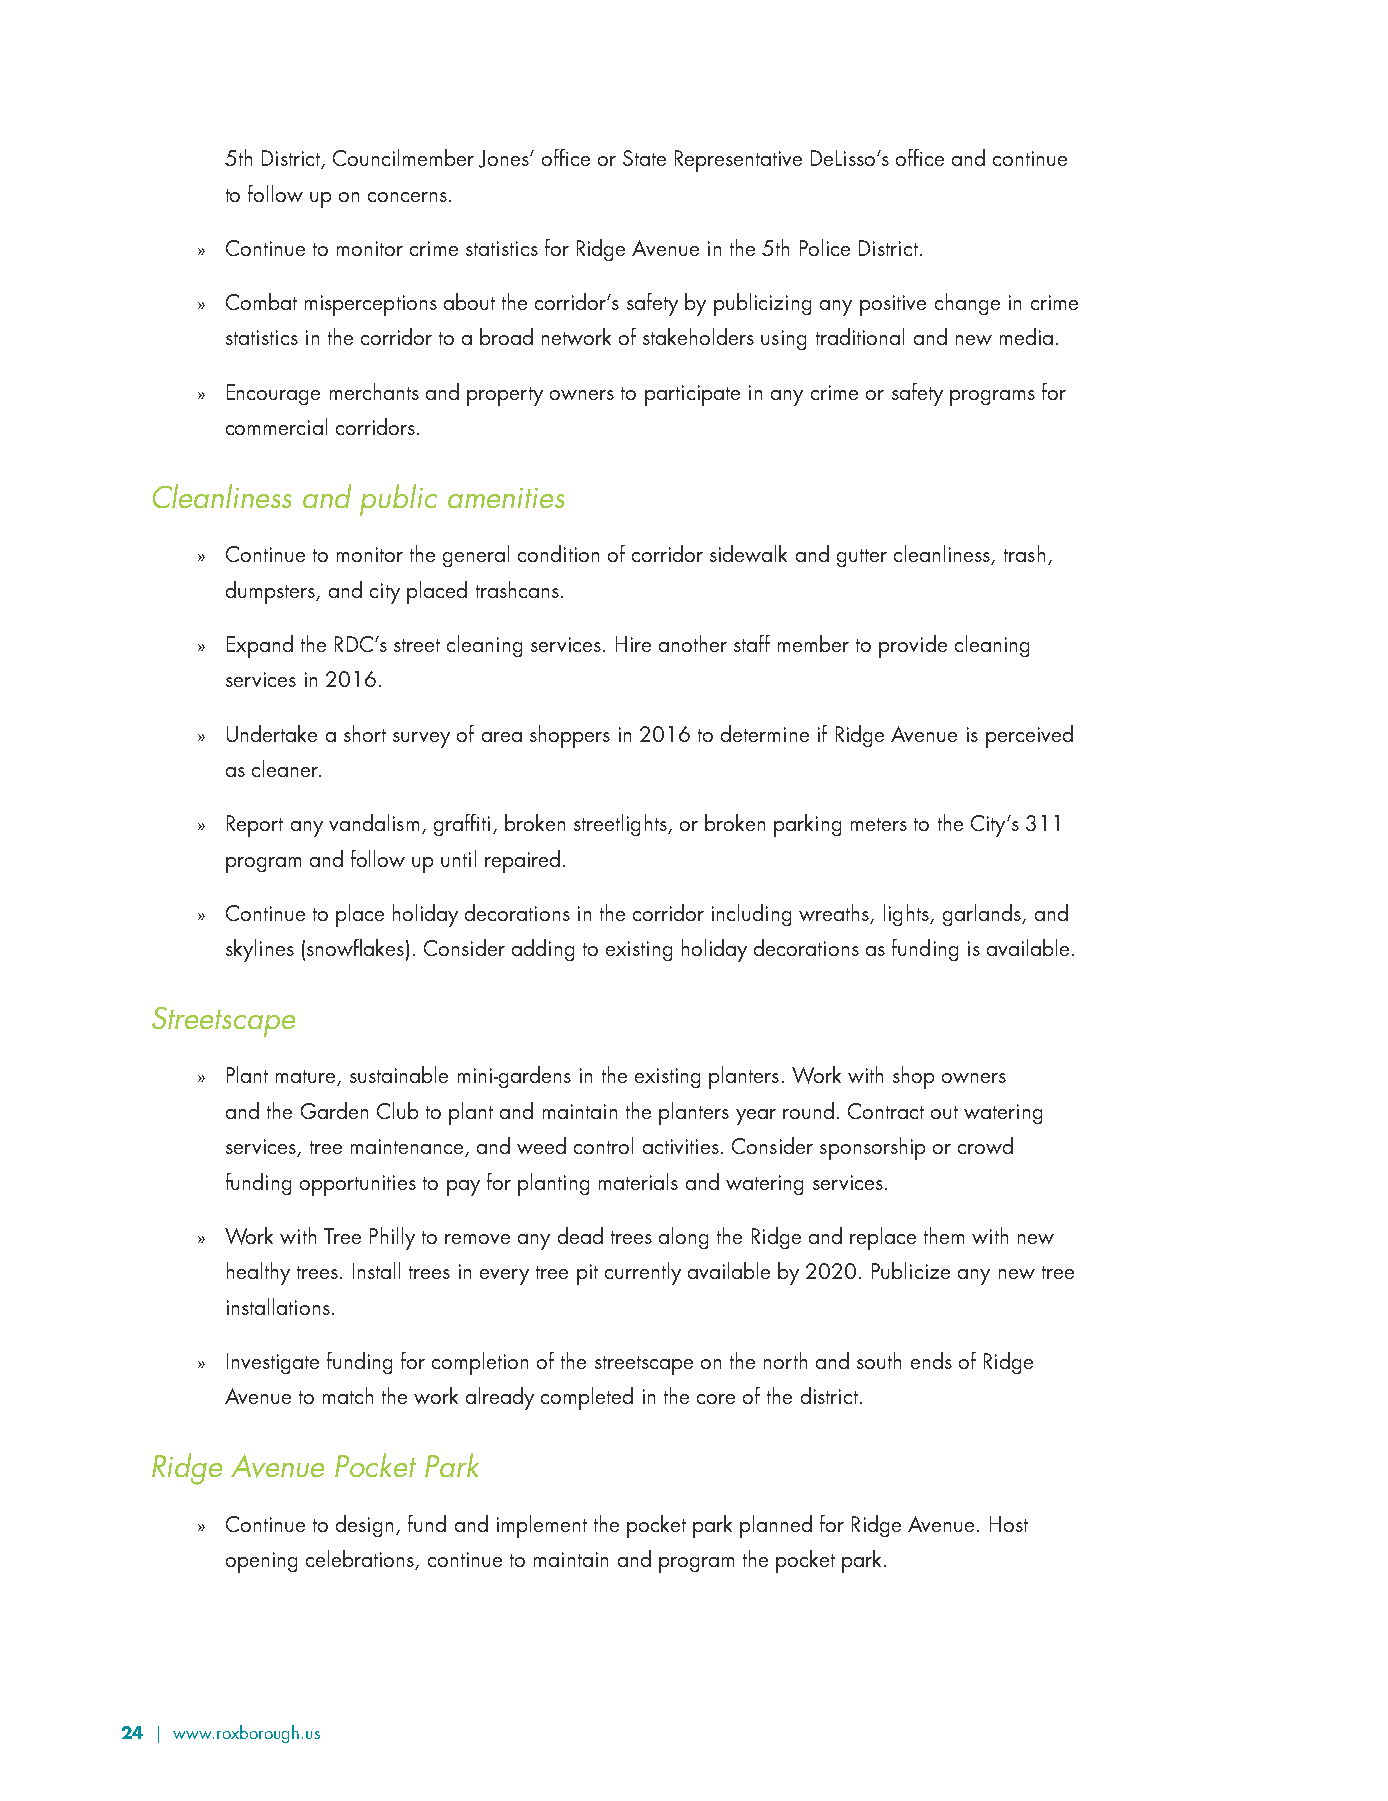
5th District, Councilmember Jones’ office or State Representative DeLisso’s office and continue
 to follow up on concerns.
 » Continue to monitor crime statistics for Ridge Avenue in the 5th Police District.
 » Combat misperceptions about the corridor’s safety by publicizing any positive change in crime
 statistics in the corridor to a broad network of stakeholders using traditional and new media.
 » Encourage merchants and property owners to participate in any crime or safety programs for
 commercial corridors.
 Cleanliness and public amenities
 » Continue to monitor the general condition of corridor sidewalk and gutter cleanliness, trash,
 dumpsters, and city placed trashcans.
 » Expand the RDC’s street cleaning services. Hire another staff member to provide cleaning
 services in 2016.
 » Undertake a short survey of area shoppers in 2016 to determine if Ridge Avenue is perceived
 as cleaner.
 » Report any vandalism, graffiti, broken streetlights, or broken parking meters to the City’s 311
 program and follow up until repaired.
 » Continue to place holiday decorations in the corridor including wreaths, lights, garlands, and
 skylines (snowflakes). Consider adding to existing holiday decorations as funding is available.
 Streetscape
 » Plant mature, sustainable mini-gardens in the existing planters. Work with shop owners
 and the Garden Club to plant and maintain the planters year round. Contract out watering
 services, tree maintenance, and weed control activities. Consider sponsorship or crowd
 funding opportunities to pay for planting materials and watering services.
 » Work with Tree Philly to remove any dead trees along the Ridge and replace them with new
 healthy trees. Install trees in every tree pit currently available by 2020. Publicize any new tree
 installations.
 » Investigate funding for completion of the streetscape on the north and south ends of Ridge
 Avenue to match the work already completed in the core of the district.
 Ridge Avenue Pocket Park
 » Continue to design, fund and implement the pocket park planned for Ridge Avenue. Host
 opening celebrations, continue to maintain and program the pocket park.
 24 | www.roxborough.us